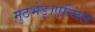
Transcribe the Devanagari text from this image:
मुठभेड़।एन्जिल